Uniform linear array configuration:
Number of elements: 32
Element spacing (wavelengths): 1
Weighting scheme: hamming
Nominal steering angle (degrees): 15
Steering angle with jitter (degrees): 15.231
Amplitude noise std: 0.05
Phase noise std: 0.05

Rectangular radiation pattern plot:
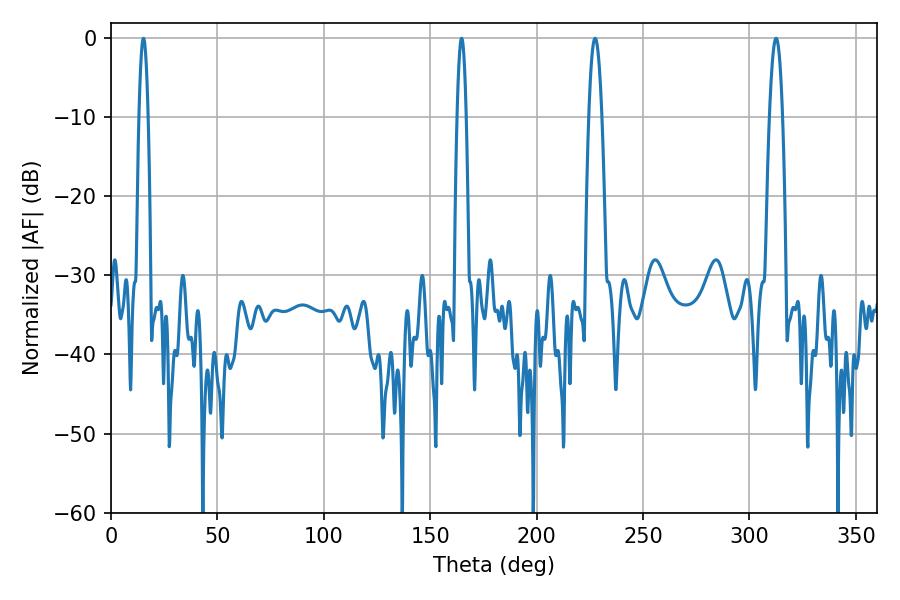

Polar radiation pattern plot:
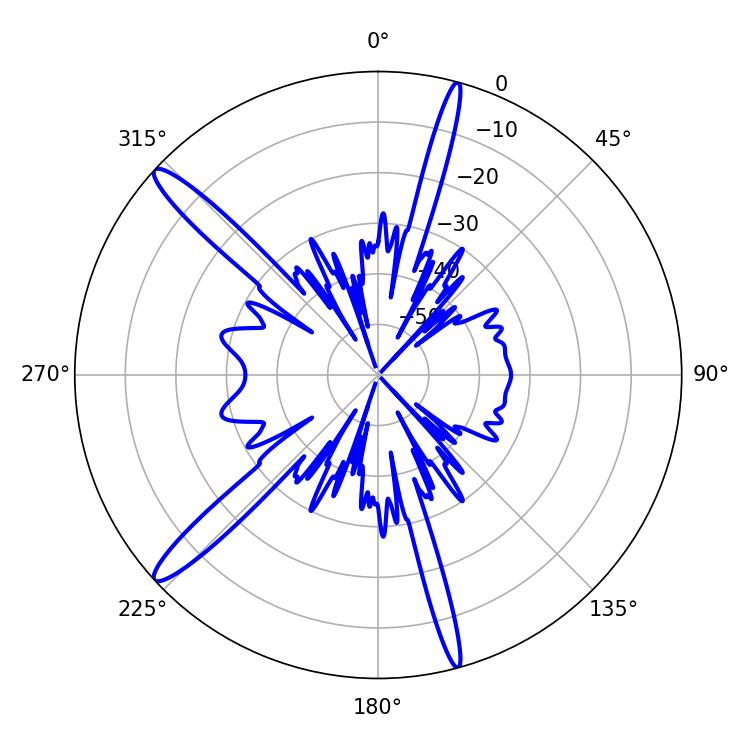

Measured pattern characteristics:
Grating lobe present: TRUE
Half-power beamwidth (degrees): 3.24
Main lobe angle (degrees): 227.52